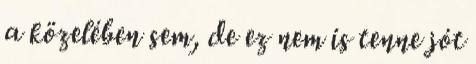
a közelében sem, de ez nem is tenne jót